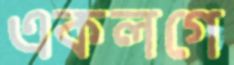
একলগে